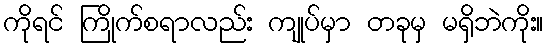
ကိုရင် ကြိုက်စရာလည်း ကျုပ်မှာ တခုမှ မရှိဘဲကိုး။